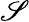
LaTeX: \mathscr{S}